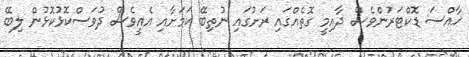
ޚާއްސަ ޑޮކްޓަރުންވެސް ދާއިމީ ގޮތެއްގައި ރަށުގައި ނުތިބޭ ކަމަށާއި އެއީވެސް ދުވަސްކޮޅުކޮޅުން ލިބޭ